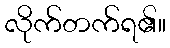
လိုက်တက်ရ၏။